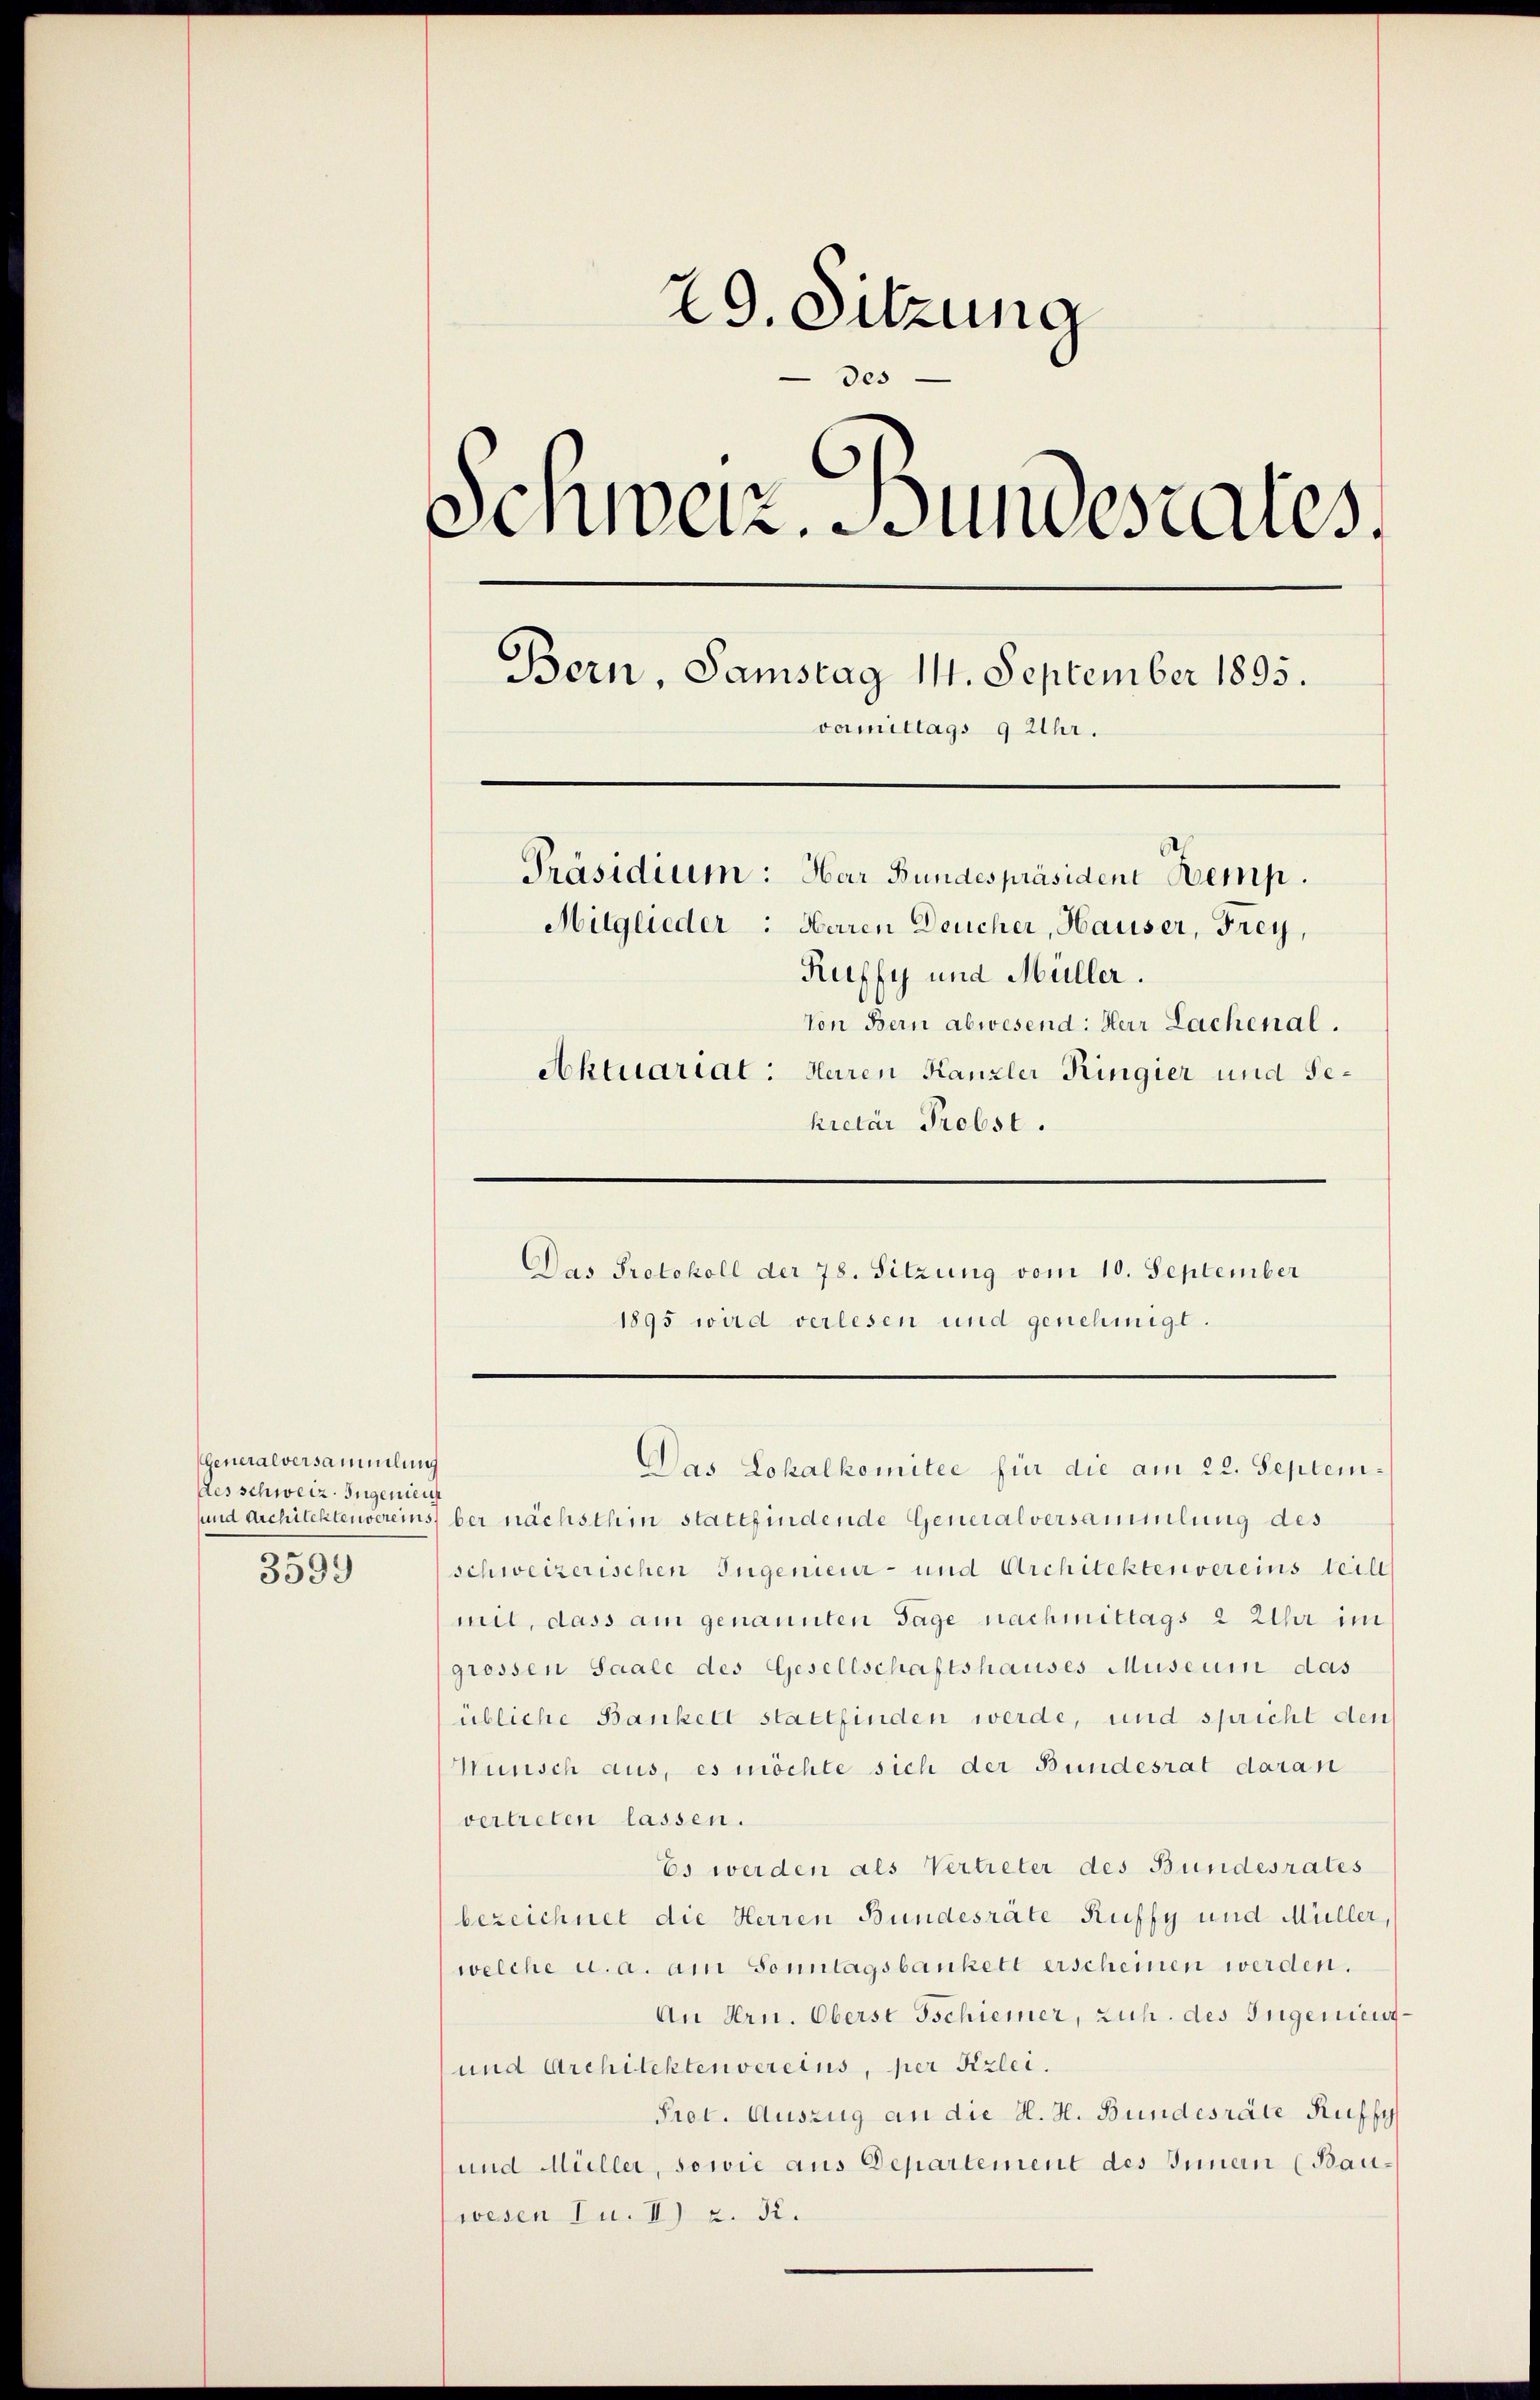
Generalversammlung
des schweiz. Ingenieu
3599

29. Sitzung
des
Sennetz. Jungestates,
Bern, Samstag 11. September 1895.
vormittags 9 Uhr.
Präsidium: Har Bundespräsident Kemp
Mitglieder: Herren Deucher, Hauser, Frey,
Ruffy und Müller.
Von Bern abwesend: Herr Lachenal.
Aktuariat: Herren Kanzler Kingier und Gekietar Probst.

Das Protokoll der 78. Sitzung vom 10. September
1895 wird verlesen und genehmigt.

Das Lokalkomitee für die am 22. Septemsund Architektenvereins, bei nächsthin stattfindende Generalversammlung des
schweizerischen Ingenieur- und Architektenvereins teilt
mit, dass am genannten Tage nachmittags 2 Uhr im
grossen Saale des Gesellschaftshauses Museum das
übliche Bankelt stattfinden werde, und spricht den
Wunsch aus, es möchte sich der Bundesrat daran
vertreten lassen.
Es werden als Vertreter des Bundesrates
bezeichnet die Herren Bundesräte Ruffy und Müller,
welche u. a. am Sonntagsbankett erscheinen werden.
An Hrn. Oberst Tschiener, zuh. des Ingenieut¬
und Architektenvereins, per Sizlei.
Prot. Auszug an die H. H. Bundesräte Ruffy
und Müller, sowie aus Departement des Innern (Bauwesen u. II) z. B.